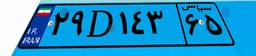
۰۲D۸۰۴۳۲